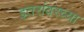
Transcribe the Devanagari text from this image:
इतरांवरच्या